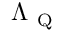
\Lambda _ { \mathrm { ~ Q ~ } }